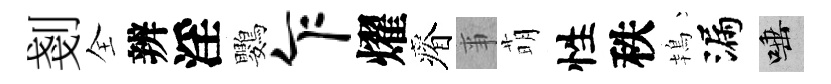
剗全辨淫鸚乍燿瘠亊萌性秩鴇漏唾